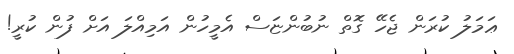
ޢަމަލު ކުރަން ޖެހޭ ގޮތް ނުބުންޏަސް އެމީހުން އަމިއްލަ އަށް ފުން ކުރީ!